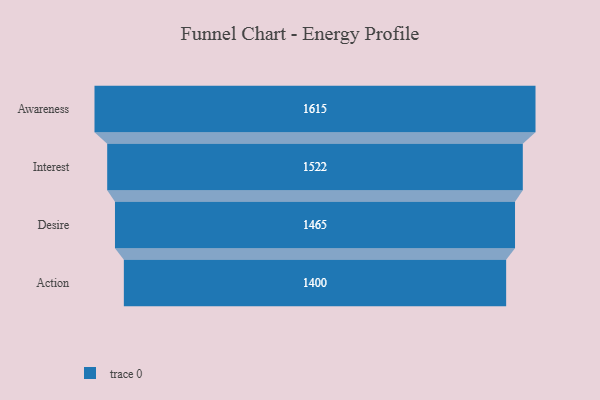
{"axis": {"x": "Stage", "y": "Value"}, "legend": [""], "data": [{"x": "Awareness", "y": 1615.0, "type": ""}, {"x": "Interest", "y": 1522.0, "type": ""}, {"x": "Desire", "y": 1465.0, "type": ""}, {"x": "Action", "y": 1400.0, "type": ""}]}